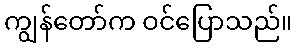
ကျွန်တော်က ဝင်ပြောသည်။